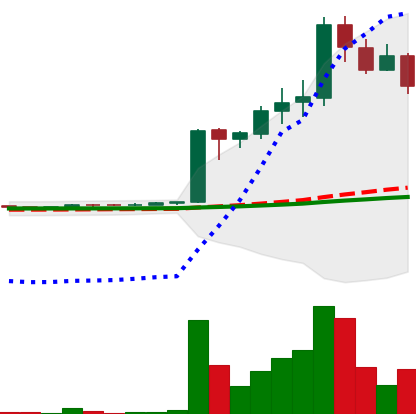
Ticker: LTC-USD
Chart end date: 2017-04-09
Forward return: 19.29%
Label: up_7plus